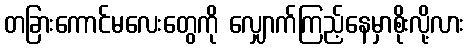
တခြားကောင်မလေးတွေကို လျှောက်ကြည့်နေမှာစိုးလို့လား